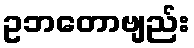
ဥဘတောဗျည်း